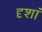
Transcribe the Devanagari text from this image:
दृशां